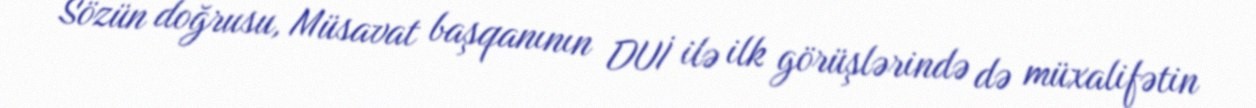
Sözün doğrusu, Müsavat başqanının DUİ ilə ilk görüşlərində də müxalifətin